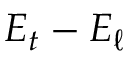
E _ { t } - E _ { \ell }